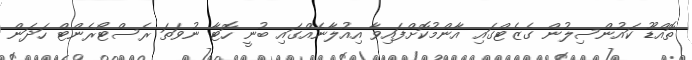
ތޮއްޑޫ ކައުންސިލުން ގެޒެޓްގައި އާންމުކޮށްފައިވާ އިއުލާނެއްގައި ބުނީ ހޮޓާ ނުވަތަ ރެސްޓޯރެންޓް ހަދަން